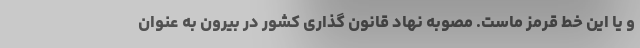
و یا این خط قرمز ماست. مصوبه نهاد قانون گذاری کشور در بیرون به عنوان